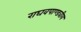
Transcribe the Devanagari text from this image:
राघवपाण्डवीय